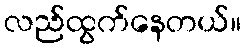
လည်ထွက်နေတယ်။